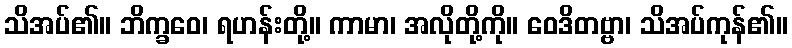
သိအပ်၏။ ဘိက္ခဝေ၊ ရဟန်းတို့။ ကာမာ၊ အလိုတို့ကို။ ဝေဒိတဗ္ဗာ၊ သိအပ်ကုန်၏။